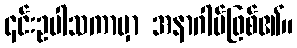
၎င်းဥပါသကာမှာ အနာဂါမ်ဖြစ်၏။